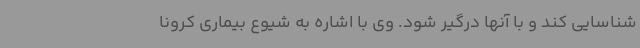
شناسایی کند و با آنها درگیر شود. وی با اشاره به شیوع بیماری کرونا